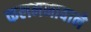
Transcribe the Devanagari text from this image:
कलमनावाने